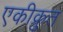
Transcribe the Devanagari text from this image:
एकीक्रुत